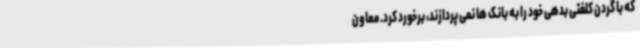
که با گردن کلفتی بدهی خود را به بانک ها نمی پردازند، برخورد کرد. معاون